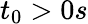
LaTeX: t_{0}>0s